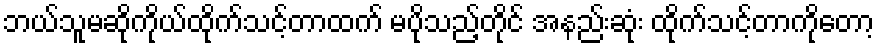
ဘယ်သူမဆိုကိုယ်ထိုက်သင့်တာထက် မပိုသည့်တိုင် အနည်းဆုံး ထိုက်သင့်တာကိုတော့